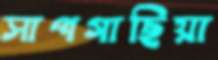
সাপগাছিয়া